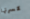
كسرتها